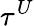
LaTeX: \tau^{U}